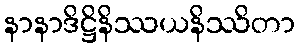
နာနာဒိဋ္ဌိနိဿယနိဿိတာ